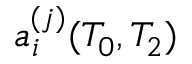
a _ { i } ^ { ( j ) } ( T _ { 0 } , T _ { 2 } )